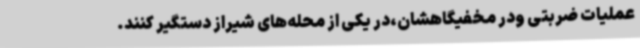
عملیات ضربتی ودر مخفیگاهشان،در یکی از محله‌های شیراز دستگیر کنند.